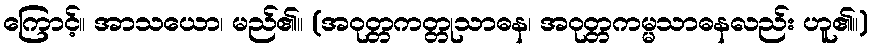
ကြောင့်။ အာသယော၊ မည်၏။ (အဝုတ္တကတ္တုသာဓန၊ အဝုတ္တကမ္မသာဓနလည်း ဟူ၏။)